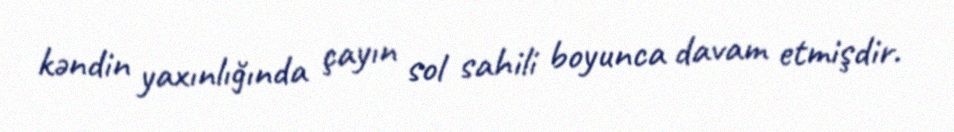
kəndin yaxınlığında çayın sol sahili boyunca davam etmişdir.